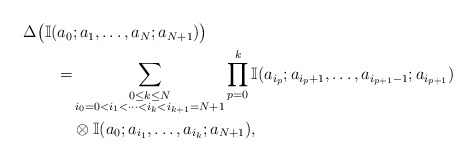
\begin{align*}\begin{aligned} \Delta \big(\mathbb{I}(a_0&;a_1,\ldots,a_N;a_{N+1})\big) \\=& \sum_{\substack{0\le k \le N\\i_0=0<i_1<\cdots<i_k<i_{k+1}=N+1}} \prod_{p=0}^k \mathbb{I}(a_{i_p};a_{i_p+1},\ldots,a_{i_{p+1}-1};a_{i_{p+1}}) \\&\otimes \mathbb{I}(a_0;a_{i_1},\ldots,a_{i_k};a_{N+1}),\end{aligned}\end{align*}